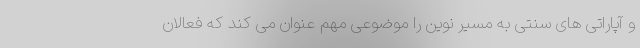
و آپاراتی های سنتی به مسیر نوین را موضوعی مهم عنوان می کند که فعالان